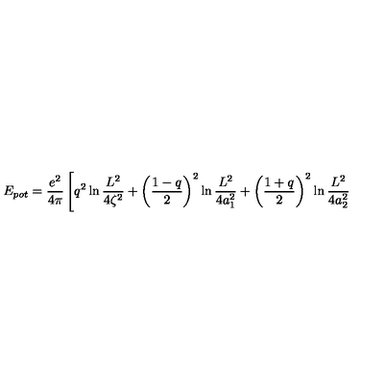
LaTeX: E _ { p o t } = \frac { e ^ { 2 } } { 4 \pi } \left[ q ^ { 2 } \ln \frac { L ^ { 2 } } { 4 \zeta ^ { 2 } } + \left( \frac { 1 - q } { 2 } \right) ^ { 2 } \ln \frac { L ^ { 2 } } { 4 a _ { 1 } ^ { 2 } } + \left( \frac { 1 + q } { 2 } \right) ^ { 2 } \ln \frac { L ^ { 2 } } { 4 a _ { 2 } ^ { 2 } } \right.